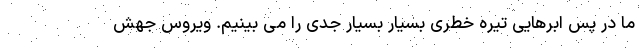
ما در پس ابرهایی تیره خطری بسیار بسیار جدی را می بینیم. ویروس جهش